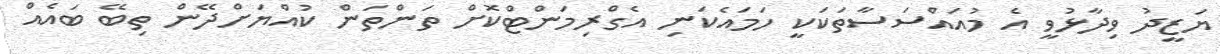
ޔަޒީދު ވިދާޅުވީ އެ މުއައްސަސާތަކަކީ ހަމައެކަނި އެގްރިމަންޓްކޮށް ތަންތަން ކުއްޔަށްދޭން ތިބޭ ބައެއް